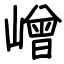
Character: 嶒